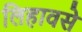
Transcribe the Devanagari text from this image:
लिहावसे